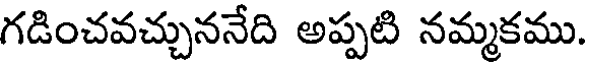
గడించవచ్చుననేది అప్పటి నమ్మకము.